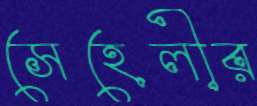
সেহেলীর